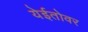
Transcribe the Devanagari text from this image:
येईतोवर